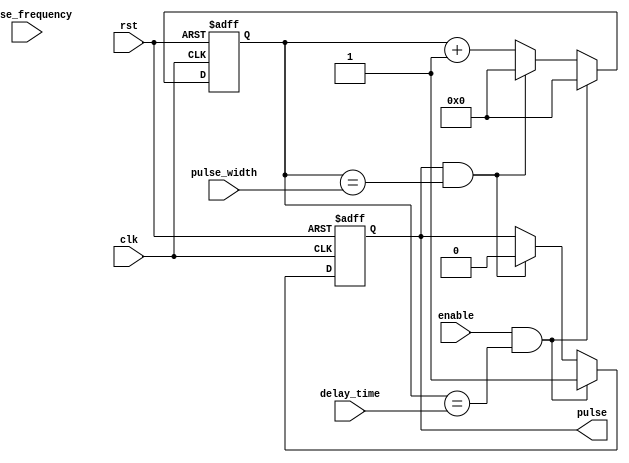
module FallingEdgePulseGenerator (
    input wire clk, // input clock signal
    input wire rst, // input reset signal
    input wire enable, // input enable signal
    input wire [31:0] delay_time, // input delay time
    input wire [31:0] pulse_width, // input pulse width
    input wire [31:0] pulse_frequency, // input pulse frequency
    output reg pulse // output pulse signal
);

reg [31:0] counter;

always @(posedge clk or posedge rst) begin
    if (rst) begin
        counter <= 0;
        pulse <= 0;
    end else if (enable && (counter == delay_time)) begin
        pulse <= 1;
        counter <= 0;
    end else if (pulse && (counter == pulse_width)) begin
        pulse <= 0;
        counter <= 0;
    end else begin
        counter <= counter + 1;
    end
end

endmodule